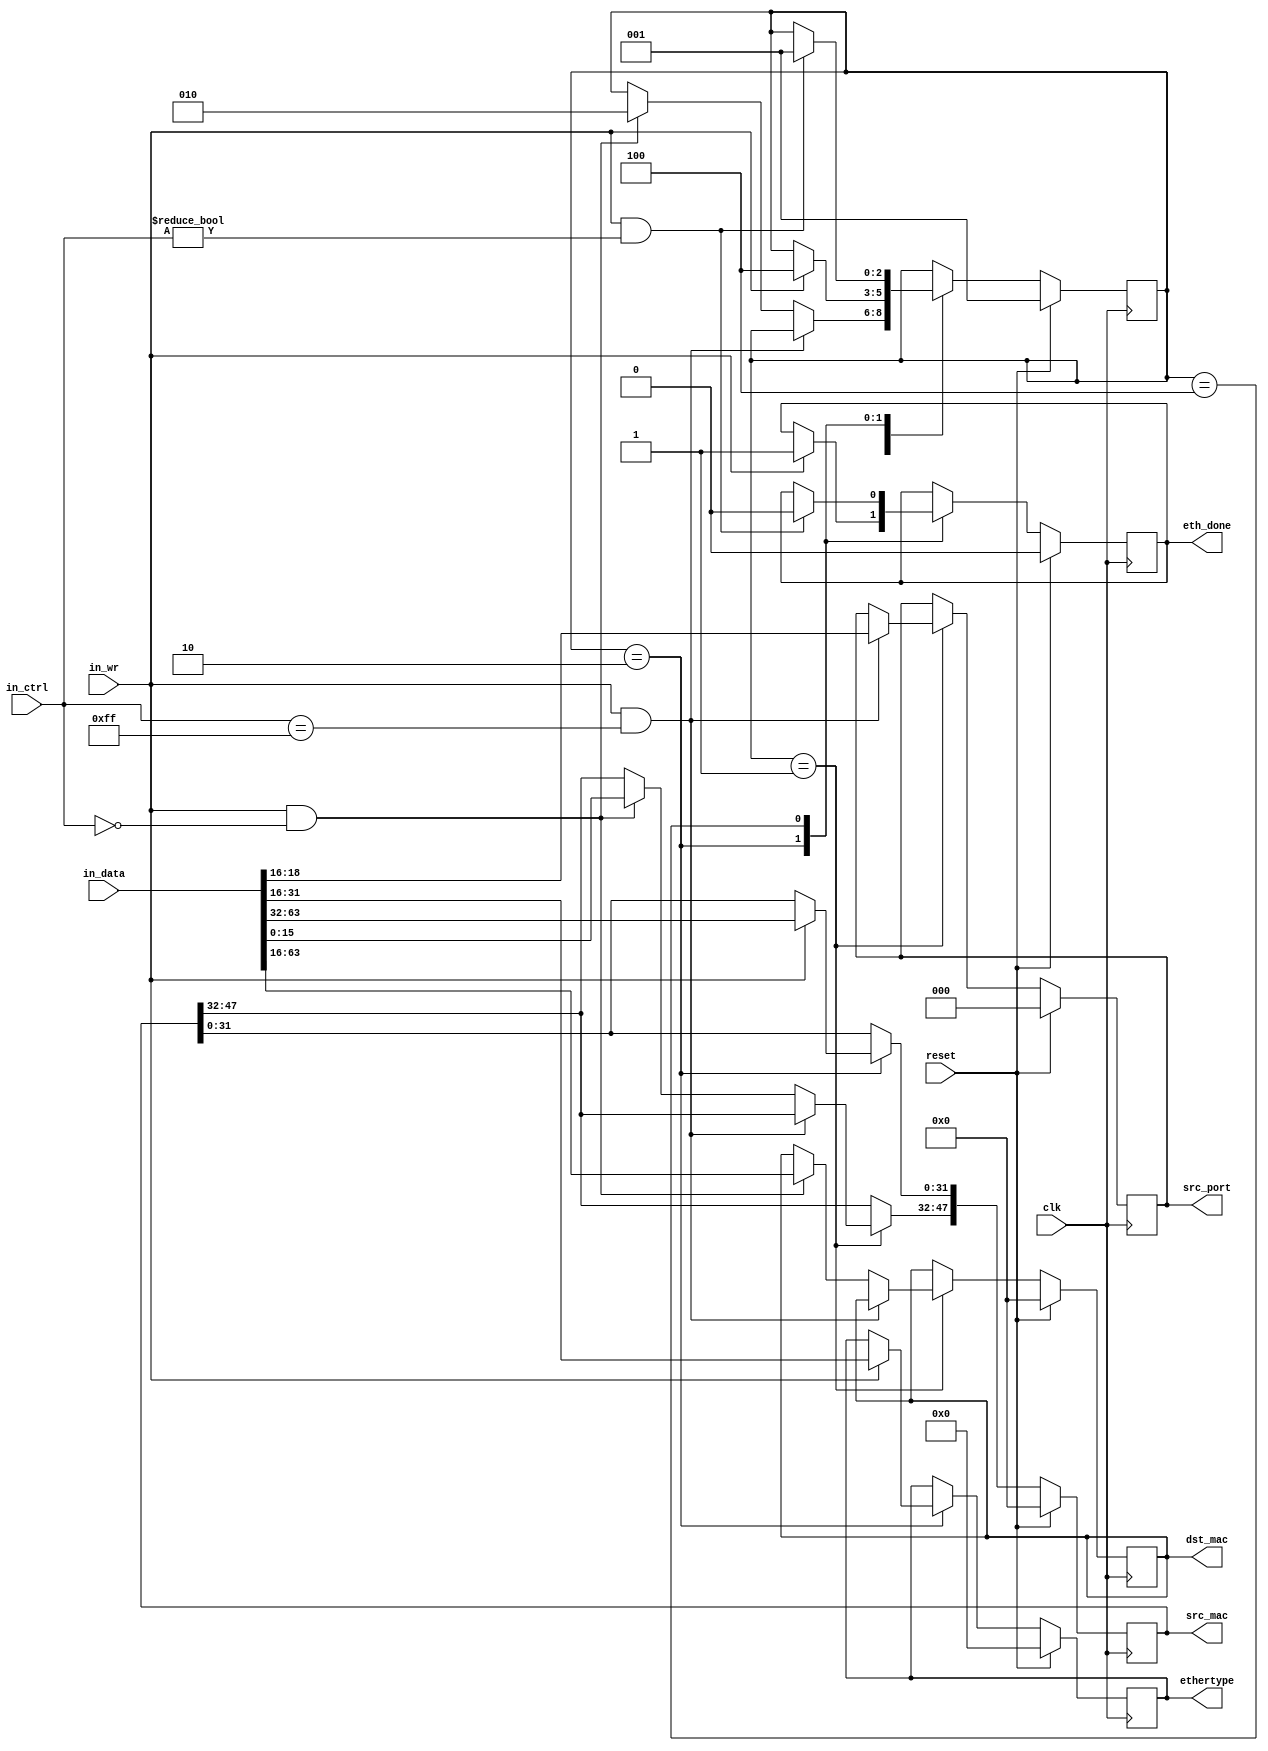
///////////////////////////////////////////////////////////////////////////////
// $Id: ethernet_parser_64bit.v 2201 2007-08-21 06:52:51Z jnaous $
//
// Module: ethernet_parser_64bit.v
// Project: NF2.1
// Description: parses the Ethernet header for a 64 bit datapath
//
///////////////////////////////////////////////////////////////////////////////
`timescale 1ns/1ps
  module ethernet_parser
    #(parameter DATA_WIDTH = 64,
      parameter CTRL_WIDTH=DATA_WIDTH/8,
      parameter NUM_IQ_BITS = 3,
      parameter IO_QUEUE_STAGE_NUM = 8'hff,
      parameter IOQ_SRC_PORT_POS = 16,
      parameter INPUT_ARBITER_STAGE_NUM = 2
      )
   (// --- Interface to the previous stage
    input  [DATA_WIDTH-1:0]            in_data,
    input  [CTRL_WIDTH-1:0]            in_ctrl,
    input                              in_wr,

    // --- Interface to output_port_lookup
    output reg [47:0]                  dst_mac,
    output reg [47:0]                  src_mac,
    output reg [15:0]                  ethertype,
    output reg                         eth_done,
    output reg [NUM_IQ_BITS-1:0]       src_port,

    // --- Misc

    input                              reset,
    input                              clk
   );


   // ------------ Internal Params --------

   localparam NUM_STATES  = 3;
   localparam READ_WORD_1 = 1;
   localparam READ_WORD_2 = 2;
   localparam WAIT_EOP    = 4;

   // ------------- Regs/ wires -----------

   reg [NUM_STATES-1:0]                state;
   reg [NUM_STATES-1:0]                state_next;

   reg [47:0]                          dst_mac_next;
   reg [47:0]                          src_mac_next;
   reg [15:0]                          ethertype_next;
   reg                                 eth_done_next;
   reg [NUM_IQ_BITS-1:0]               src_port_next;

   // ------------ Logic ----------------

   always @(*) begin
      dst_mac_next     = dst_mac;
      src_mac_next     = src_mac;
      ethertype_next   = ethertype;
      eth_done_next    = eth_done;
      src_port_next    = src_port;
      state_next       = state;
      case(state)
        /* read the input source header and get the first word */
        READ_WORD_1: begin
           if(in_wr && in_ctrl==IO_QUEUE_STAGE_NUM) begin
              src_port_next = in_data[IOQ_SRC_PORT_POS + NUM_IQ_BITS - 1 : IOQ_SRC_PORT_POS];
           end
           else if(in_wr && in_ctrl==0) begin
              dst_mac_next          = in_data[63:16] ;
              src_mac_next[47:32]   = in_data[15:0];
              state_next            = READ_WORD_2;
           end
        end // case: READ_WORD_1

        READ_WORD_2: begin
           if(in_wr) begin
              src_mac_next [31:0]   = in_data[63:32];
              ethertype_next        = in_data[31:16];
              state_next            = WAIT_EOP;
              eth_done_next         = 1;
           end
        end

        WAIT_EOP: begin
           if(in_wr && in_ctrl!=0) begin
              eth_done_next   = 0;
              state_next      = READ_WORD_1;
           end
        end
      endcase // case(state)
   end // always @ (*)

   always @(posedge clk) begin
      if(reset) begin
         src_mac      <= 0;
         dst_mac      <= 0;
         ethertype    <= 0;
         eth_done     <= 0;
         state        <= READ_WORD_1;
         src_port     <= 0;
      end
      else begin
         src_mac      <= src_mac_next;
         dst_mac      <= dst_mac_next;
         ethertype    <= ethertype_next;
         eth_done     <= eth_done_next;
         state        <= state_next;
         src_port     <= src_port_next;
      end // else: !if(reset)
   end // always @ (posedge clk)

endmodule // ethernet_parser_64bit